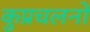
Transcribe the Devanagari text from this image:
कुप्रचलनों